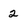
Character: 2